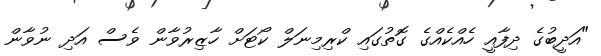
"އަދީބުގެ ދިފާއީ ހެއްކެއްގެ ގޮތުގައި ކްރިމިނަލް ކޯޓަށް ހާޒިރުވާން ވެސް އަދި ނުވާން